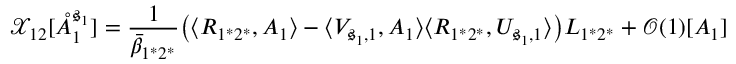
\mathcal { X } _ { 1 2 } [ \mathring { A } _ { 1 } ^ { \mathfrak { s } _ { 1 } } ] = \frac { 1 } { \bar { \beta } _ { 1 ^ { * } 2 ^ { * } } } \big ( \langle R _ { 1 ^ { * } 2 ^ { * } } , A _ { 1 } \rangle - \langle V _ { \mathfrak { s } _ { 1 } , 1 } , A _ { 1 } \rangle \langle R _ { 1 ^ { * } 2 ^ { * } } , U _ { \mathfrak { s } _ { 1 } , 1 } \rangle \big ) L _ { 1 ^ { * } 2 ^ { * } } + \mathcal { O } ( 1 ) [ A _ { 1 } ]